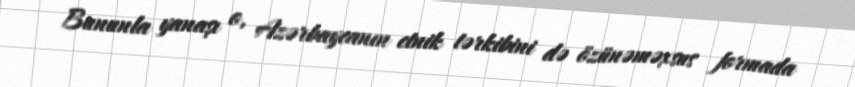
Bununla yanaşı o, Azərbaycanın etnik tərkibini də özünəməxsus formada